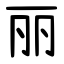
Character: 丽